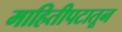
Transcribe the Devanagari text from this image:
माहितीपटातून